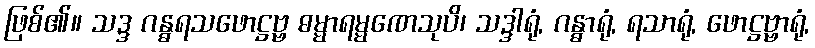
ဖြစ်၏။ သဒ္ဒ ဂန္ဓရသဖောဋ္ဌဗ္ဗ ဓမ္မာရမ္မဏေသုပိ၊ သဒ္ဒါရုံ, ဂန္ဓာရုံ, ရသာရုံ, ဖောဋ္ဌဗ္ဗာရုံ,